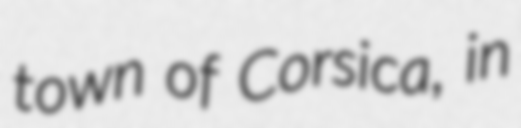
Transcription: town of Corsica, in